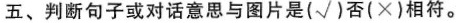
五、判断句子或对话意思与图片是(√)否(×)相符。